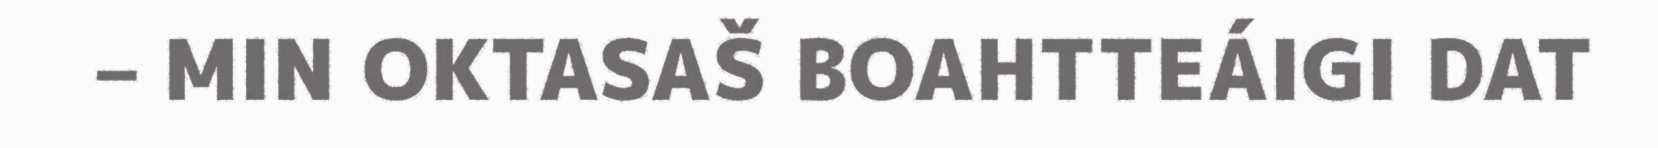
– MIN OKTASAŠ BOAHTTEÁIGI DAT